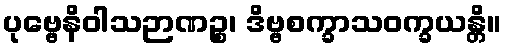
ပုဗ္ဗေနိဝါသဉာဏဉ္စ၊ ဒိဗ္ဗစက္ခာသဝက္ခယန္တိ။